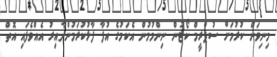
މިނިވަން ކުރުމަށް ސުޕްރީމް ކޯޓުން ނިންމުމުން އެކަމުގެ އުފާ ފާޅުކުރަމުންދާއިރު އެއްވެފައި އޮތް